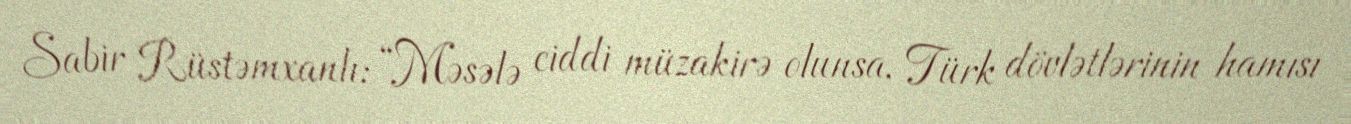
Sabir Rüstəmxanlı: “Məsələ ciddi müzakirə olunsa, Türk dövlətlərinin hamısı